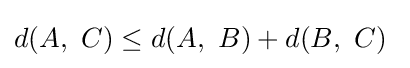
d(A,\ C)\leq d(A,\ B)+d(B,\ C)\